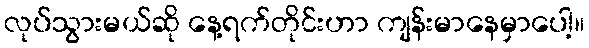
လုပ်သွားမယ်ဆို နေ့ရက်တိုင်းဟာ ကျန်းမာနေမှာပေါ့။